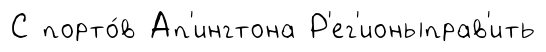
С порто́в Ап'ингтона Р'ег'ионыправ'ить